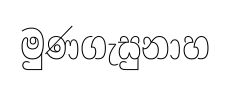
මුණගැසුනාහ